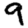
Digit: 9